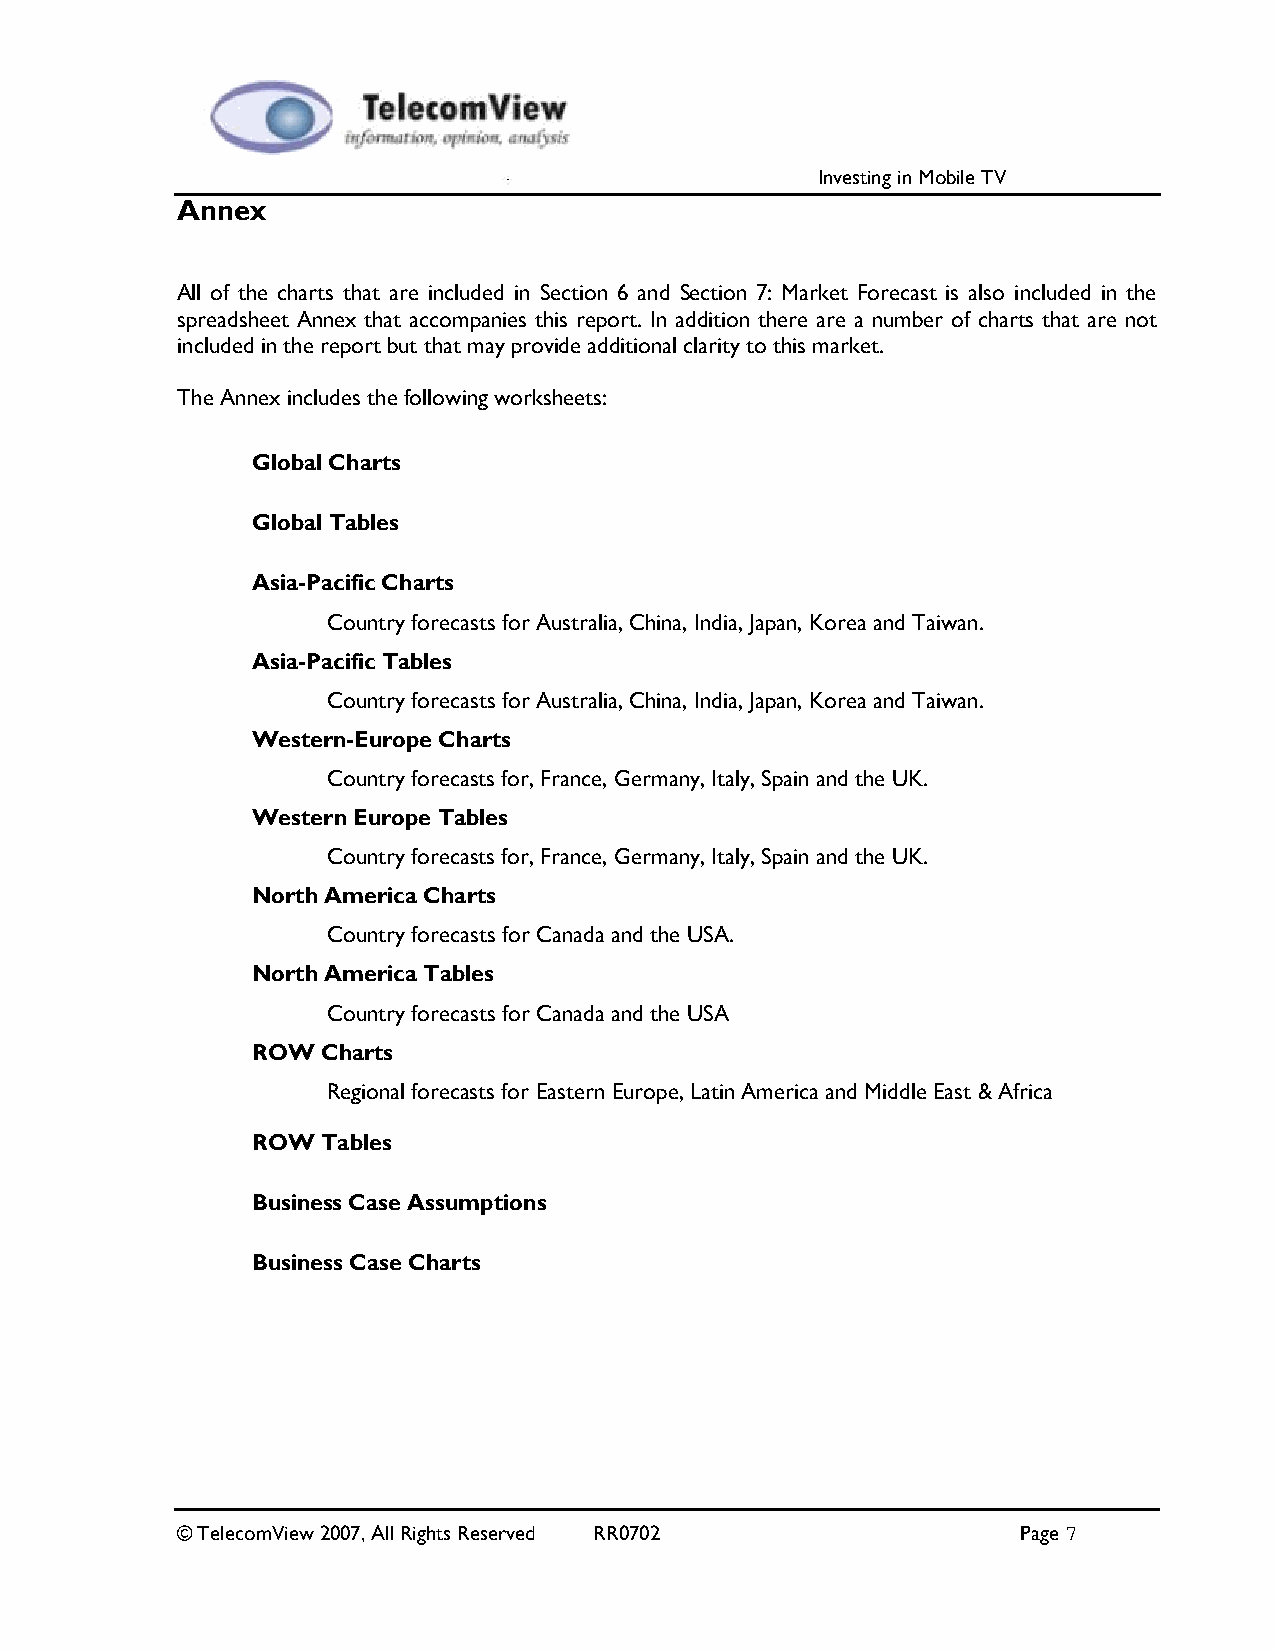
Investing in Mobile TV
 Annex
 All of the charts that are included in Section 6 and Section 7: Market Forecast is also included in the
 spreadsheet Annex that accompanies this report. In addition there are a number of charts that are not
 included in the report but that may provide additional clarity to this market.
 The Annex includes the following worksheets:
 Global Charts
 Global Tables
 Asia-Pacific Charts
 Country forecasts for Australia, China, India, Japan, Korea and Taiwan.
 Asia-Pacific Tables
 Country forecasts for Australia, China, India, Japan, Korea and Taiwan.
 Western-Europe Charts
 Country forecasts for, France, Germany, Italy, Spain and the UK.
 Western Europe Tables
 Country forecasts for, France, Germany, Italy, Spain and the UK.
 North America Charts
 Country forecasts for Canada and the USA.
 North America Tables
 Country forecasts for Canada and the USA
 ROW Charts
 Regional forecasts for Eastern Europe, Latin America and Middle East & Africa
 ROW Tables
 Business Case Assumptions
 Business Case Charts
 © TelecomView 2007, All Rights Reserved RR0702          Page 7